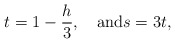
\begin{align*}t = 1 - \frac{h}{3},\quad\mbox{and}s=3t,\end{align*}